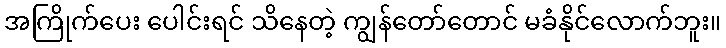
အကြိုက်ပေး ပေါင်းရင် သိနေတဲ့ ကျွန်တော်တောင် မခံနိုင်လောက်ဘူး။